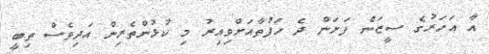
އާ އަހަރުގެ ސީޒަން ފަށަން ދެ ހަފުތާއަށްވިއިރު މި ކުޅުންތެރިން އަދިވެސް ތިބީ